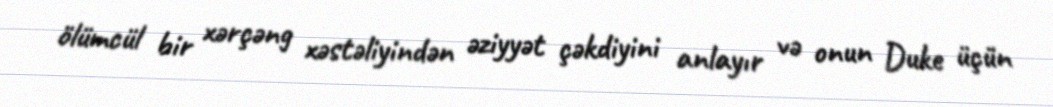
ölümcül bir xərçəng xəstəliyindən əziyyət çəkdiyini anlayır və onun Duke üçün